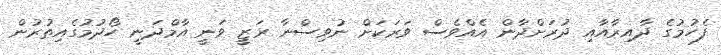
ފެހުމުގެ ދާއިރާއާއި ދުރަށްދާން އެއްވެސް ވަރަކަށް ނުވިސްނާ ރަޒީ ވަނީ އާމްދަނީ ހޯދުމުގެއިތުރުން